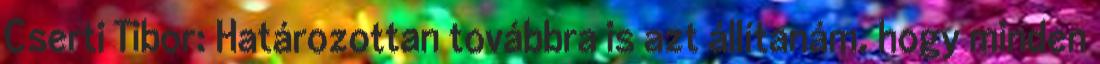
Cserti Tibor: Határozottan továbbra is azt állítanám, hogy minden